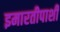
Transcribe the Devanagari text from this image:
इमारतीपाशी